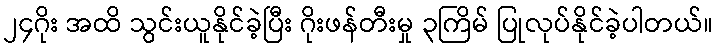
၂၄ဂိုး အထိ သွင်းယူနိုင်ခဲ့ပြီး ဂိုးဖန်တီးမှု ၃ကြိမ် ပြုလုပ်နိုင်ခဲ့ပါတယ်။